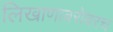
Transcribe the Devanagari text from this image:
लिखाणाबरोबरच